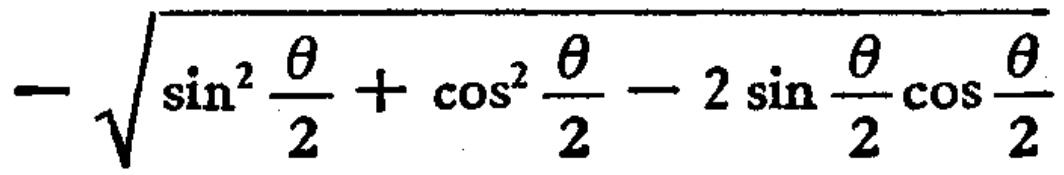
\(-\sqrt{\sin^{2}\frac{\theta}{2}+\cos^{2}\frac{\theta}{2}-2\sin\frac{\theta}{2}\cos\frac{\theta}{2}}\)